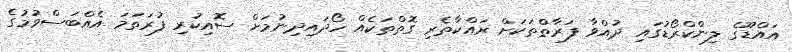
އައްޑޫގެ ލިންކްރޯޑުގައި ދުއްވާ ފަރާތްތަކަށް ރައްކާތެރި ގޮތްތަކެއް ހޯދައިދިނުމަށް ސޮއިކުރި ފުރަތަމަ އެއްބަސްވުމުގެ